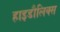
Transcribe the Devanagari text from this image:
हाइडौलिक्स